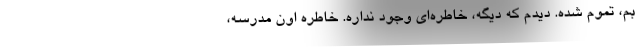
بم، تموم شده. ديدم كه ديگه، خاطره‌اي وجود نداره. خاطره اون مدرسه،